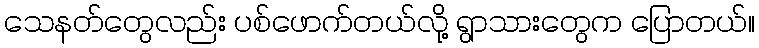
သေနတ်တွေလည်း ပစ်ဖောက်တယ်လို့ ရွာသားတွေက ပြောတယ်။